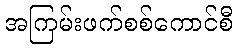
အကြမ်းဖက်စစ်ကောင်စီ